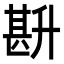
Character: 𭅧